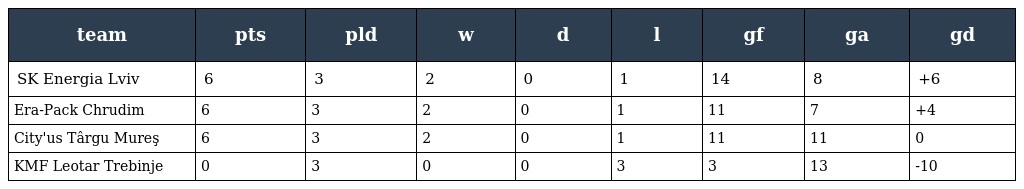
| team | pts | pld | w | d | l | gf | ga | gd |
 | --- | --- | --- | --- | --- | --- | --- | --- | --- |
 | SK Energia Lviv | 6 | 3 | 2 | 0 | 1 | 14 | 8 | +6 |
 | Era-Pack Chrudim | 6 | 3 | 2 | 0 | 1 | 11 | 7 | +4 |
 | City'us Târgu Mureş | 6 | 3 | 2 | 0 | 1 | 11 | 11 | 0 |
 | KMF Leotar Trebinje | 0 | 3 | 0 | 0 | 3 | 3 | 13 | -10 |